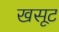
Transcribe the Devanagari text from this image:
खसूट